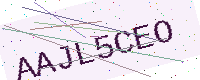
Text: AAJL5CEO